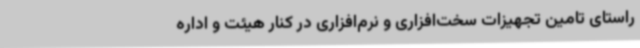
راستای تامین تجهیزات سخت‌افزاری و نرم‌افزاری در کنار هیئت و اداره